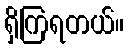
ရှိကြရတယ်။